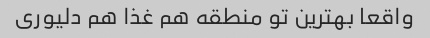
واقعا بهترین تو منطقه هم غذا هم دلیوری